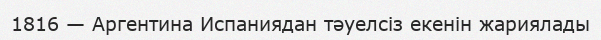
1816 — Аргентина Испаниядан тәуелсіз екенін жариялады